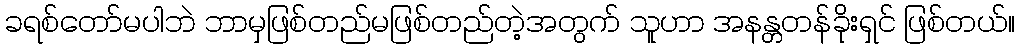
ခရစ်တော်မပါဘဲ ဘာမှဖြစ်တည်မဖြစ်တည်တဲ့အတွက် သူဟာ အနန္တတန်ခိုးရှင် ဖြစ်တယ်။